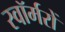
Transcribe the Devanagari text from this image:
स्वॉर्मरों